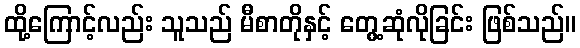
ထို့ကြောင့်လည်း သူသည် မီစာတိုနှင့် တွေ့ဆုံလိုခြင်း ဖြစ်သည်။